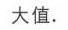
大值.